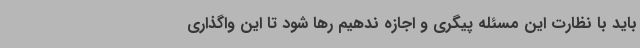
باید با نظارت این مسئله پیگری و اجازه ندهیم رها شود تا این واگذاری